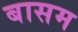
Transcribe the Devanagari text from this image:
बासम